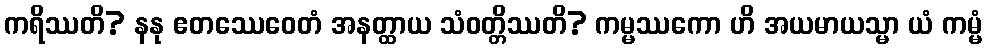
ကရိဿတိ? နနု ဧတဿေဝေတံ အနတ္ထာယ သံဝတ္တိဿတိ? ကမ္မဿကော ဟိ အယမာယသ္မာ ယံ ကမ္မံ